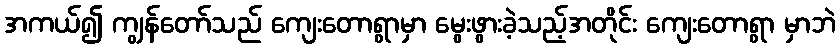
အကယ်၍ ကျွန်တော်သည် ကျေးတောရွာမှာ မွေးဖွားခဲ့သည့်အတိုင်း ကျေးတောရွာ မှာဘဲ